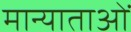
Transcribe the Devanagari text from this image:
मान्याताओं